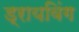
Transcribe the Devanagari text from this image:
ड्रायविंग